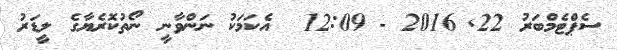
ސެޕްޓެމްބަރު 22